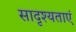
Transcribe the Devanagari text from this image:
सादृश्यताएं